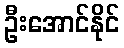
ဦးအောင်နိုင်